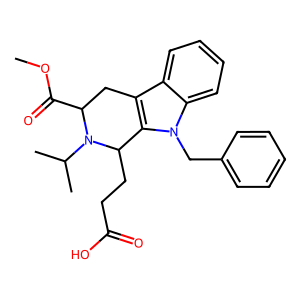
SMILES: COC(=O)C1Cc2c(n(Cc3ccccc3)c3ccccc23)C(CCC(=O)O)N1C(C)C
Inhibits HIV replication: No